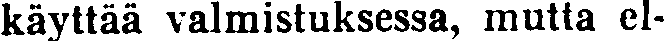
käyttää valmistuksessa, mutta el-